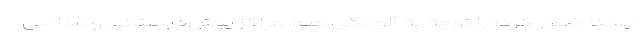
ایسنا اظهار کرد: با توجه به آلودگی هوا، مراکز پیش‌دبستانی و مدارس